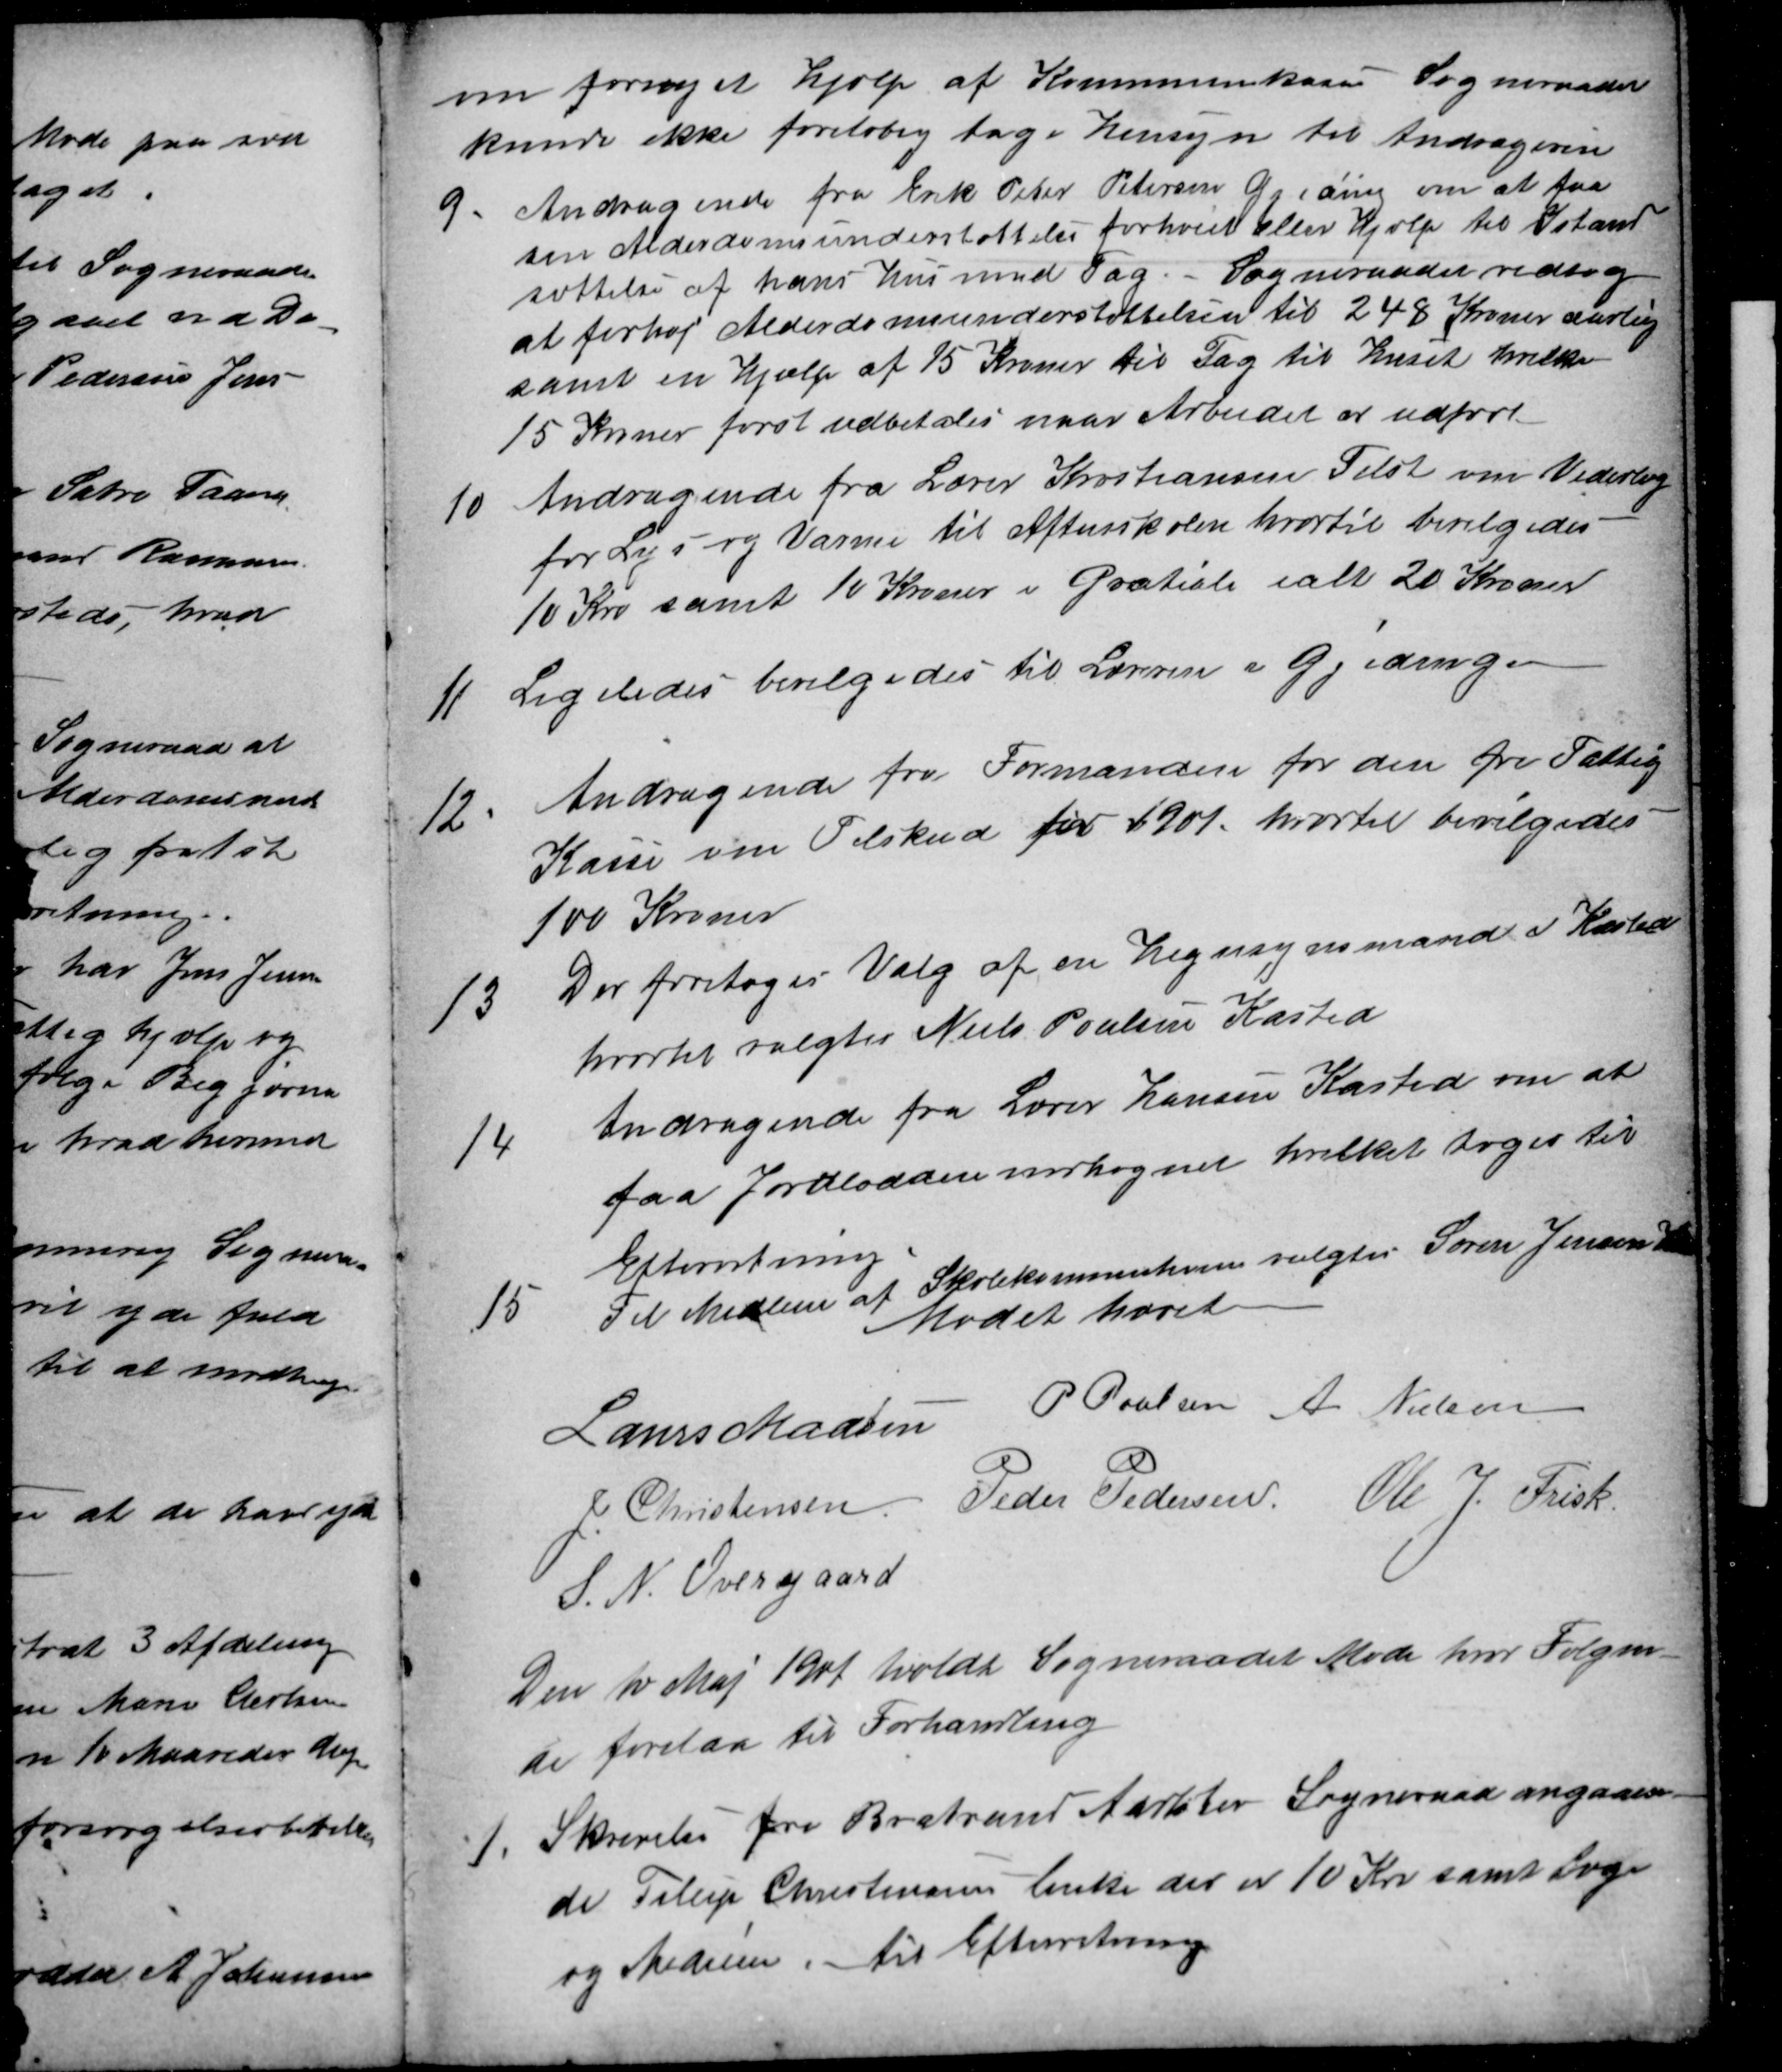
Transskription:
om fornyet Hjælp af Kommuneskassen Sogneraadet
kunde ikke foreløbig tage Hensyn til Andrageren
9. Andragende fra Erik Peter Petersen Gjeding om at faa
sin Alderdomsunderstøttelse forhoiet eller Hjælp til Istand
sættelse af hans Hus med Tag. - Sogneraadet vedtog
at forhøj Alderdomsunderstøttelsen til 248 Kroner aarlig
samt en Hjælp af 15 Kroner til Tag til huset hvilke
15 Kroner først udbetales naar Arbejdet er udført
10 Andragende fra Lærer Kristiansen Tilst om Vederlag
for Lys og Varme til Aftenskolen hvortil bevilgedes
10 Kro samt 10 Kroner i Gratiale ialt 20 Kroner
11 Ligeledes bevilgedes til Læreren i Gjeding.
12. Andragende fra Formanden for den fri Fattig
Kasse om Tilskud for 1901, hvortil bevilgedes
100 Kroner
13 Der foretoges Valg af en Hegnsynsmand i Kasted
hvortil valgtes Niels Poulsen Kasted
14 Andragende fra Lærer Hansen Kasted om at
faa Jordlodden indhegnet hvilket toges til
Efterretning
15 Til Medlem af Skolekommitionen valgtes Søren Jensen Kasted
Mødet hævet
Laurs Madsen P Poulsen A Nielsen
J Christensen Peder Pedersen Ole J. Frisk
S. N. Overgaard
Den 10 Maj 1901 holdt Sogneraadet Møde hvor følgen-
de forelaa til Forhandling
1 Skrivelse fra Brabrand Aarslev Sogneraad angaaen-
de Fillip Christensens Enke der er 10 Kr samt Læge
og Medicin. til Efterretning